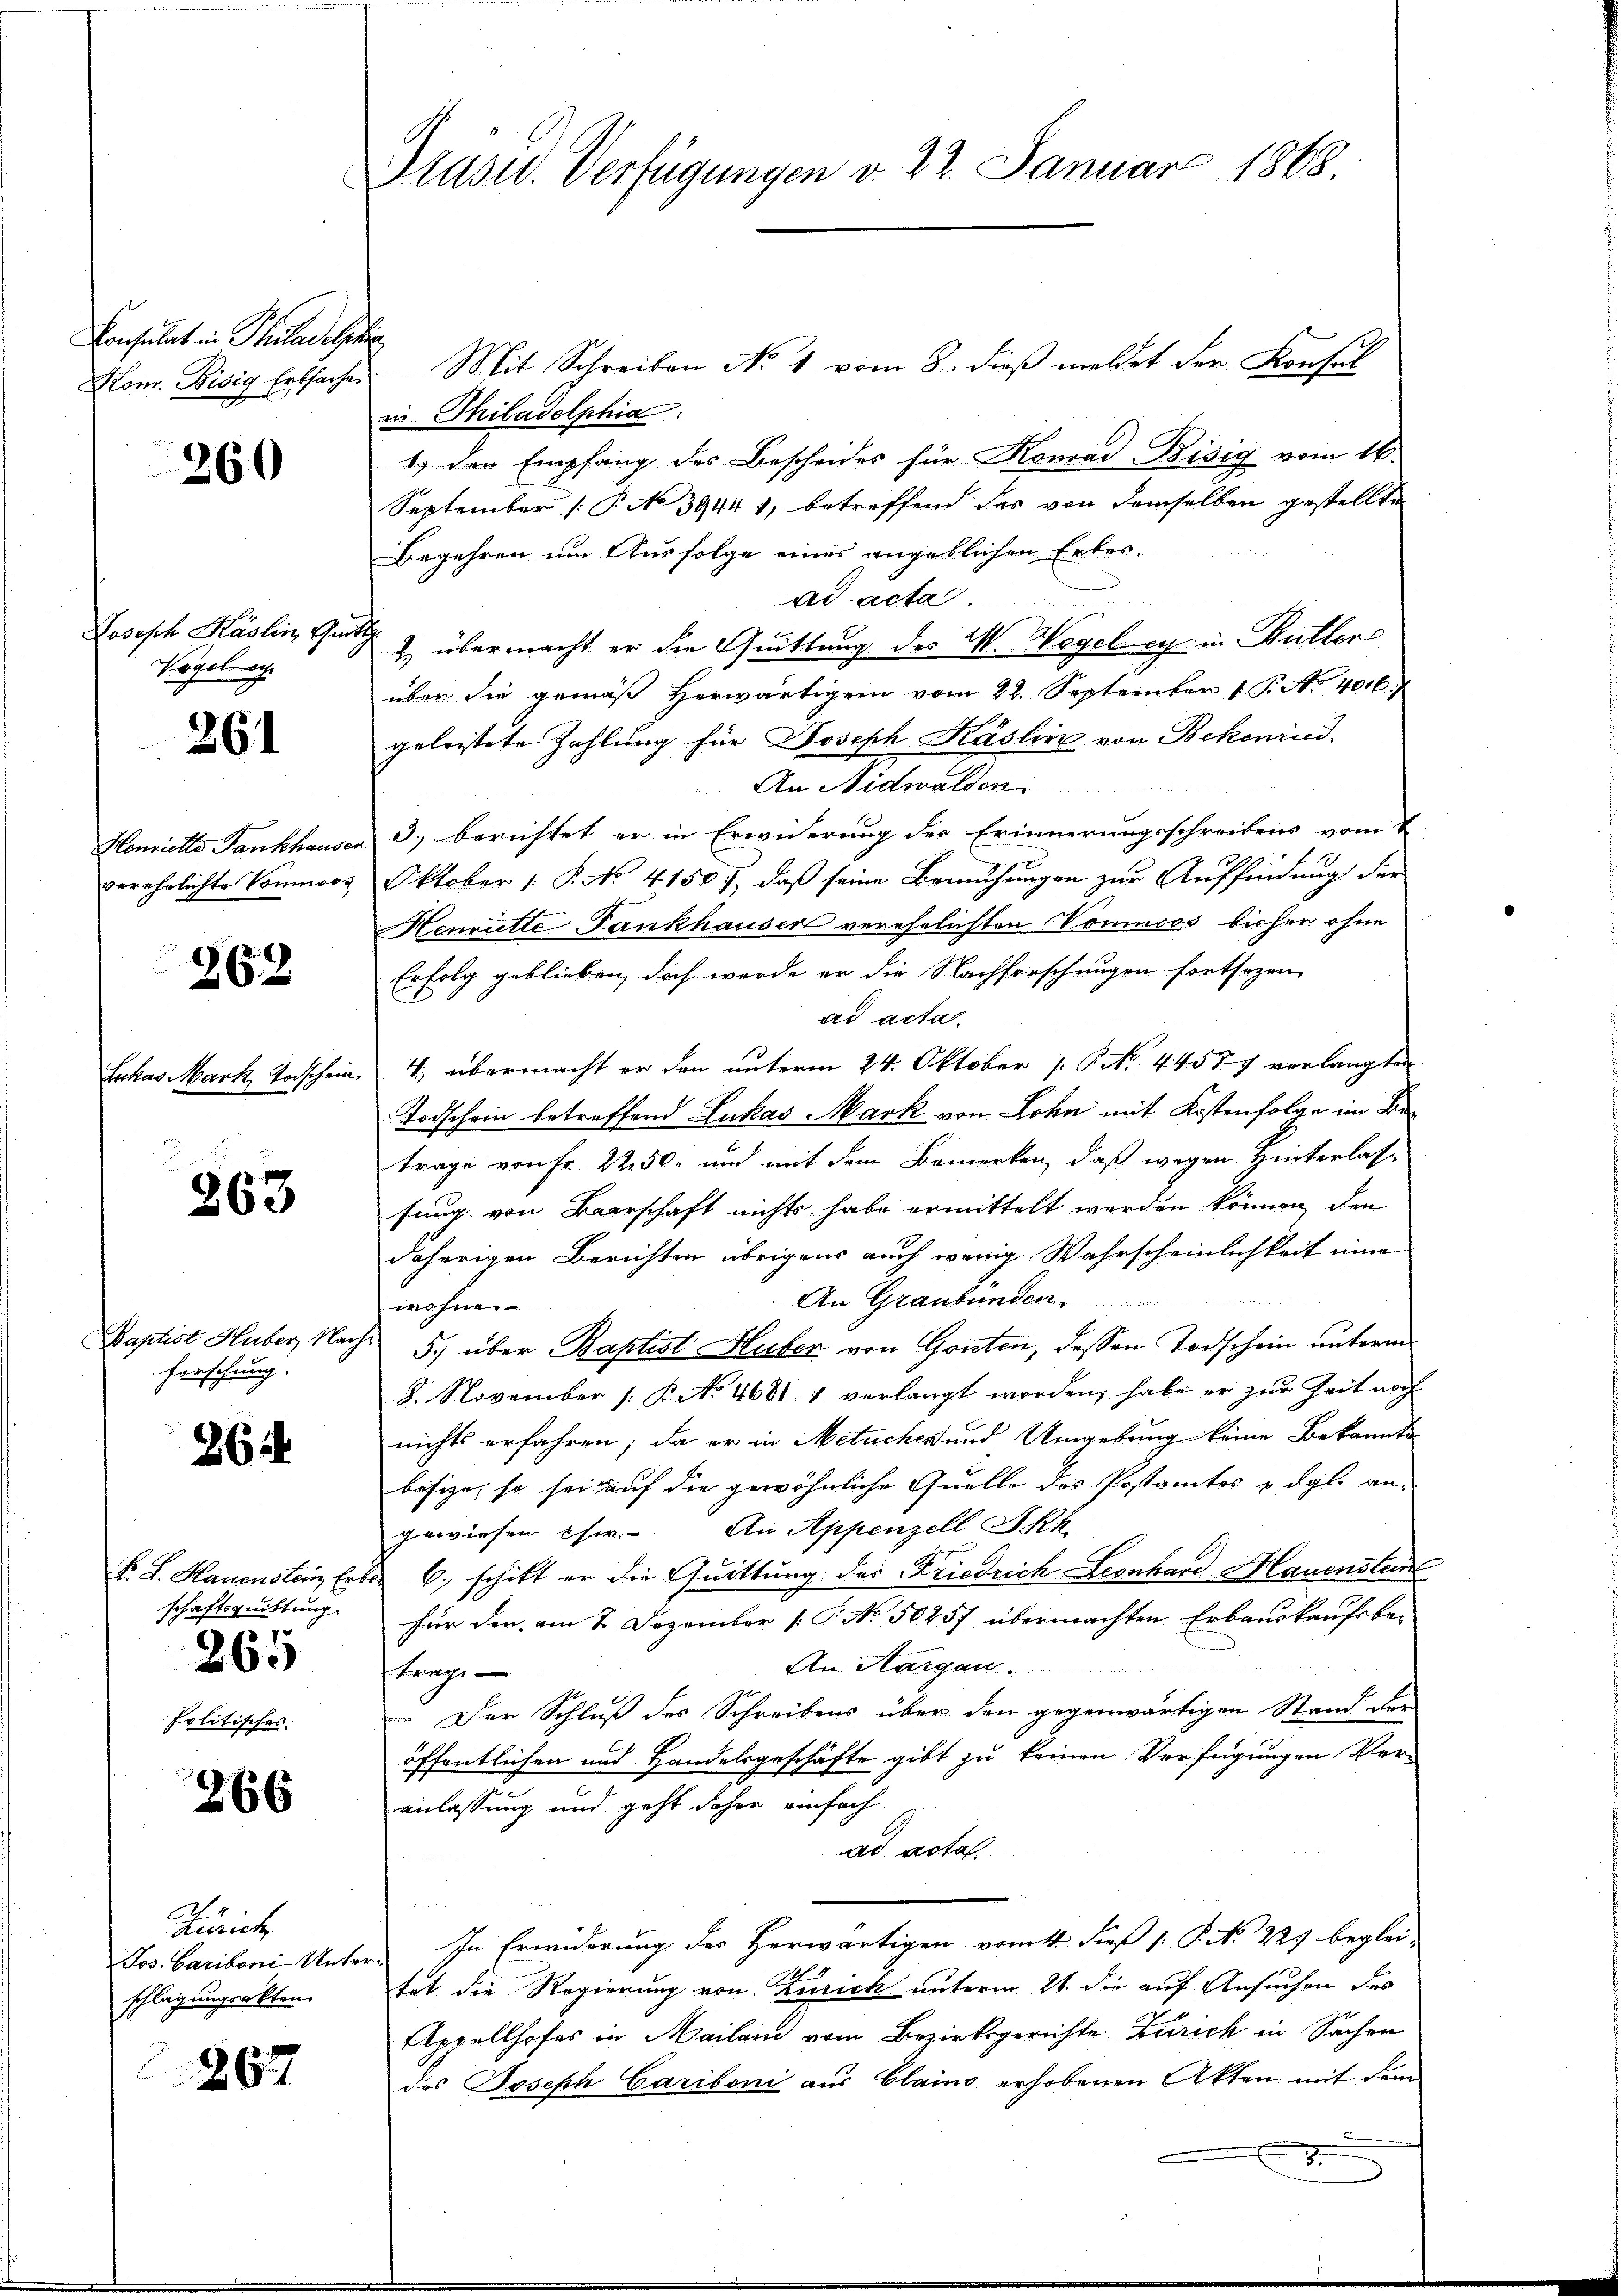
Konsulat in Philadels
Kon. Bisig Erbsachen

260

Joseph Käslin Gut
Vogelrech

261

Henriette Fankhause
verehrlichte Vonmoos

262

Enhas Mark Todschein

263

Baptist Huber, Nach
Forschung.

262

F. J. Hauenstein Erd
schaftsquittung.
265
politisches.

266

Zürich
Jos. Cariboni Unter
schlag ungrakten.

267

Präsid. Verfügungen v. 22. Januar 1868.

.
Mit Schreiben No. 1 vom 8. dieß meldet der Konsul
in Philadelphia
1.) Den Empfang des Bescheides für Konrad Bisig vom 16.
September [P No 39441, betreffend des von demselben gestellte
Begehren um Ausfolge eines angeblichen Erberad acta.
& übermacht er die Quittung des W. Wegeben in Butters
über die gemäβ herwärtigen vom 22. September 1 P. N. 406.
geleistete Zahlung für Joseph Käslin von Bekonind.
An Nidwalden
3) berichtet er in Erwiderung der Erinnerungsschreibens vom 1
Oktober (: P. No. 4150), daß seine Bemühungen zur Auffindung der
Henriette Fankhauser verehelichten Voninces bisher ohne
Erfolg geblieben, doch werde er die Nachforschungen fortsezen,
ad acta.
4, übermacht er den unterm 24. Oktober P. P. No. 44577 verlangten
Todschein betreffend Lukas Mark von Lohn mit Kostenfolge im Betrage von Fr. 2250, und mit dem Bemerken, daß wegen Hinterlasse
sung von Baarschaft nichts habe ermittelt werden können, den
daherigen Berichten übrigens auch wenig Wahrscheinlichkeit eine
An Graubünden.
wohne
5. über Raptist Huber von Gonten, dessen Todschein unterm
8. November (: P. No. 4681 & verlangt worden, habe er zur Zeit noch
nichts erfahren; da er in Metuches und Umgebung keine Bekannte
besize, so sei auf die gewöhnliche Quelle des Postamtes u. dgl. an-
gewiesen Ehe. An Appenzell Akk
6.) schitt er die Quittung der Friedrich Leonhard Mauenstein
für den am 7. Dezember [P No. 50257 übermachten Erbauskaufsbe-
An Aargau.
r
trage
 Der Schluß des Schreibens über den gegenwärtigen Stand der
öffentlichen und Handelsgeschäfte gibt zu keinen Verfügungen Ver-
anlassung und geht daher einfach
ad acta.
In Erwiderung der Herwärtigen vom 4. Fuß 1: P. N. 225 beglei-
hat die Regierung von Zürich unterm 21. die auf Ansuchen des
Appellhofes in Mailand vom Bezirksgerichte Zürich in Sachen
des Joseph Cariboni aus Clains erhobenen Akten mit dem